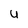
Character: U